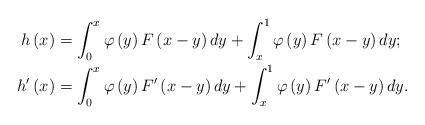
LaTeX: \begin{align*}h\left(x\right) & =\int_{0}^{x}\varphi\left(y\right)F\left(x-y\right)dy+\int_{x}^{1}\varphi\left(y\right)F\left(x-y\right)dy;\\h'\left(x\right) & =\int_{0}^{x}\varphi\left(y\right)F'\left(x-y\right)dy+\int_{x}^{1}\varphi\left(y\right)F'\left(x-y\right)dy.\end{align*}